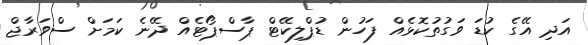
އަދި އޭގެ ކުޑަ ވަގުތުކޮޅެއް ފަހުން ޑުޕްލިކޭޓް ޕާސްޕޯޓެއް ދޭނެ ކަމަށް ސްވަރާޖް